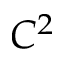
C ^ { 2 }